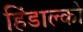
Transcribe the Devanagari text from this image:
हिंडाल्‍को